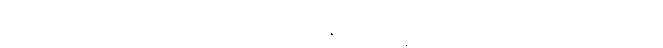
ဧဝံ ပသံသာဟေတုဘူတေ ဂုဏေ ပကာသေန္တော “ဥပေက္ခကော သတိမာ သုခဝိဟာရီ”တိ ဧဝံ